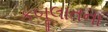
કબૂલાતના